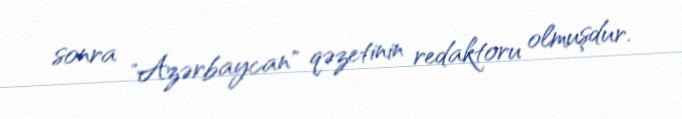
sonra "Azərbaycan" qəzetinin redaktoru olmuşdur.